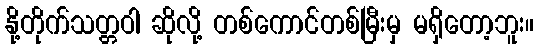
နို့တိုက်သတ္တဝါ ဆိုလို့ တစ်ကောင်တစ်မြီးမှ မရှိတော့ဘူး။